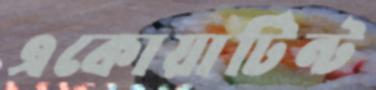
একোয়াটিন্ট